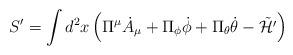
LaTeX: \begin{align*}S' = \int d^2 x\left( \Pi^\mu {\dot A}_\mu + \Pi_\phi {\dot \phi} + \Pi_\theta {\dot \theta}- \tilde{\cal H'}\right)\end{align*}